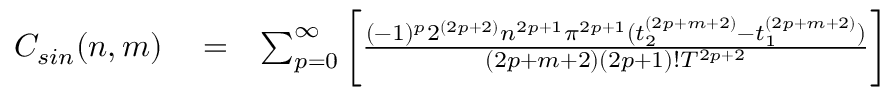
\begin{array} { r l r } { C _ { s i n } ( n , m ) } & { { } = } & { \sum _ { p = 0 } ^ { \infty } \bigg [ \frac { ( - 1 ) ^ { p } 2 ^ { ( 2 p + 2 ) } n ^ { 2 p + 1 } \pi ^ { 2 p + 1 } ( t _ { 2 } ^ { ( 2 p + m + 2 ) } - t _ { 1 } ^ { ( 2 p + m + 2 ) } ) } { ( 2 p + m + 2 ) ( 2 p + 1 ) ! T ^ { 2 p + 2 } } \bigg ] } \end{array}